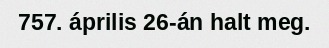
757. április 26-án halt meg.